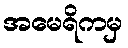
အမေရိကမှ